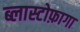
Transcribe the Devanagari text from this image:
ब्लास्टोफ़ागा